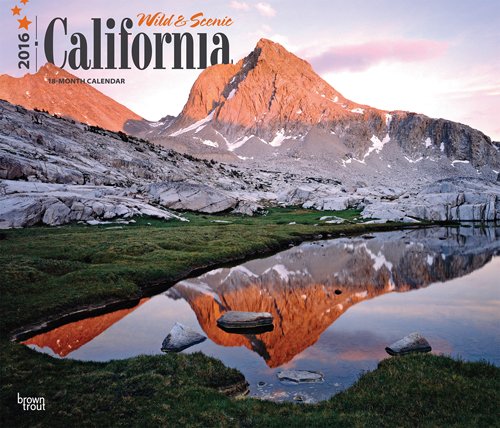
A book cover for California, Wild & Scenic 2016 Deluxe; Browntrout Publishers; Calendars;